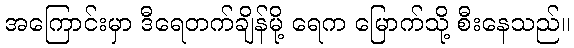
အကြောင်းမှာ ဒီရေတက်ချိန်မို့ ရေက မြောက်သို့ စီးနေသည်။